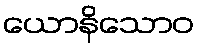
ယောနိသောဝ